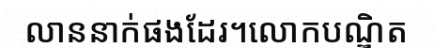
លាននាក់ផងដែរ។លោកបណ្ឌិត